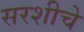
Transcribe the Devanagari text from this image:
सरशीचे